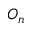
O _ { n }